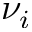
\nu _ { i }